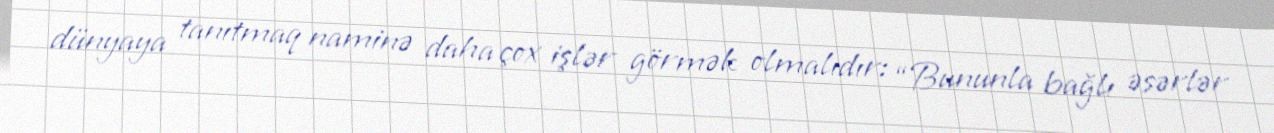
dünyaya tanıtmaq naminə daha çox işlər görmək olmalıdır: “Bununla bağlı əsərlər